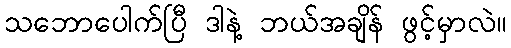
သဘောပေါက်ပြီ ဒါနဲ့ ဘယ်အချိန် ဖွင့်မှာလဲ။